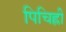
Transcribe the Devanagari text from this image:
पिचिह्ली